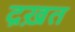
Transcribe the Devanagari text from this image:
द्रख़त